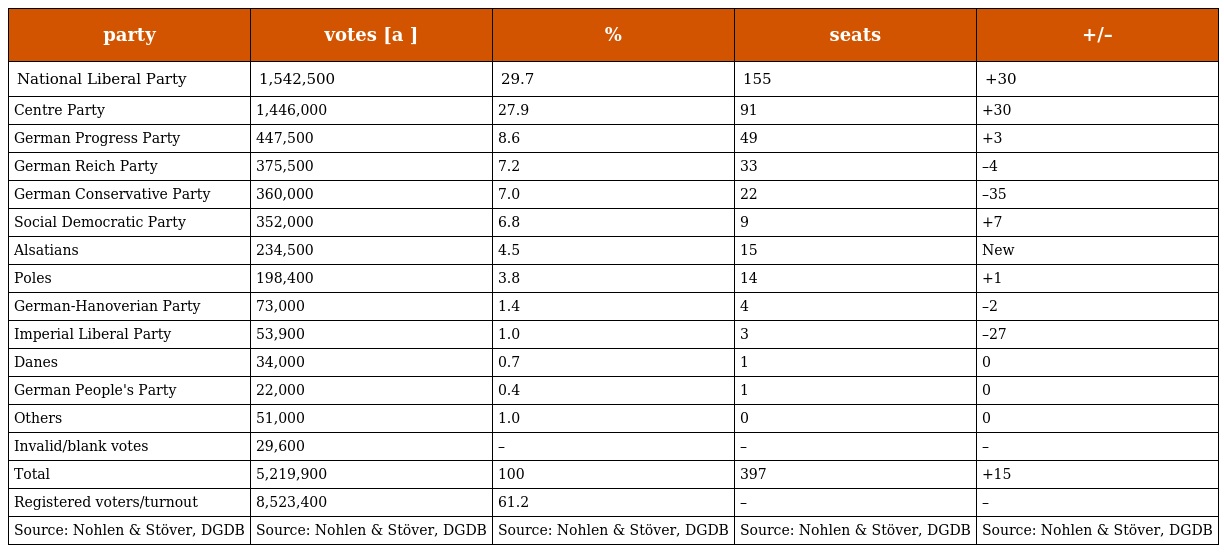
| party | votes [a ] | % | seats | +/– |
 | --- | --- | --- | --- | --- |
 | National Liberal Party | 1,542,500 | 29.7 | 155 | +30 |
 | Centre Party | 1,446,000 | 27.9 | 91 | +30 |
 | German Progress Party | 447,500 | 8.6 | 49 | +3 |
 | German Reich Party | 375,500 | 7.2 | 33 | –4 |
 | German Conservative Party | 360,000 | 7.0 | 22 | –35 |
 | Social Democratic Party | 352,000 | 6.8 | 9 | +7 |
 | Alsatians | 234,500 | 4.5 | 15 | New |
 | Poles | 198,400 | 3.8 | 14 | +1 |
 | German-Hanoverian Party | 73,000 | 1.4 | 4 | –2 |
 | Imperial Liberal Party | 53,900 | 1.0 | 3 | –27 |
 | Danes | 34,000 | 0.7 | 1 | 0 |
 | German People's Party | 22,000 | 0.4 | 1 | 0 |
 | Others | 51,000 | 1.0 | 0 | 0 |
 | Invalid/blank votes | 29,600 | – | – | – |
 | Total | 5,219,900 | 100 | 397 | +15 |
 | Registered voters/turnout | 8,523,400 | 61.2 | – | – |
 | Source: Nohlen & Stöver, DGDB | Source: Nohlen & Stöver, DGDB | Source: Nohlen & Stöver, DGDB | Source: Nohlen & Stöver, DGDB | Source: Nohlen & Stöver, DGDB |